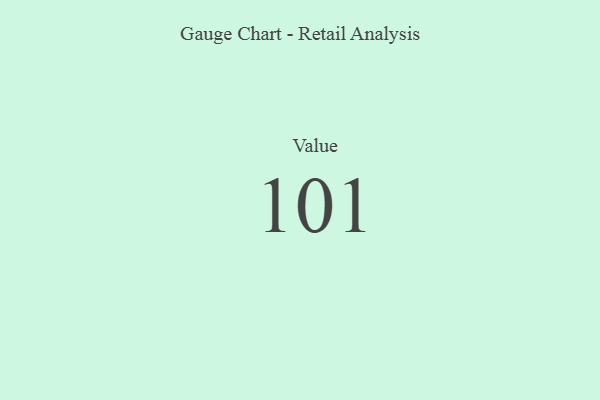
{"axis": {"x": "Metric", "y": "Value"}, "legend": [""], "data": [{"x": "Value", "y": 101, "type": ""}]}